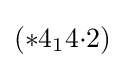
(*4_{1}4{\cdot }2)